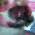
ও